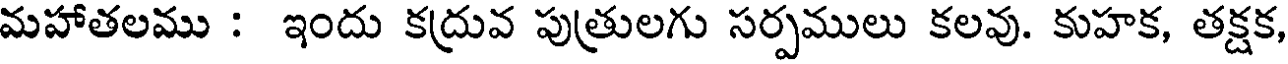
మహాతలము : ఇందు కద్రువ పుత్రులగు సర్పములు కలవు. కుహక, తక్షక,